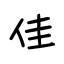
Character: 佳